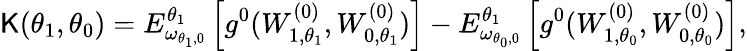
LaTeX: \mathsf{K}(\theta_{1},\theta_{0})=E_{\omega_{\theta_{1},0}}^{\theta_{1}}\left[g^{0}(W_{1,\theta_{1}}^{(0)},W_{0,\theta_{1}}^{(0)})\right]-E_{\omega_{\theta_{0},0}}^{\theta_{1}}\left[g^{0}(W_{1,\theta_{0}}^{(0)},W_{0,\theta_{0}}^{(0)})\right],